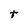
Character: t